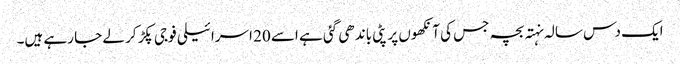
ایک دس سالہ نہتہ بچہ جس کی آنکھوں پر پٹی باندھی گئی ہے اسے 20 اسرائیلی فوجی پکڑ کر لے جا رہے ہیں۔